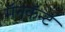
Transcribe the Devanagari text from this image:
मॅनकॅन्ट